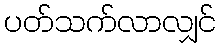
ပတ်သက်လာလျှင်